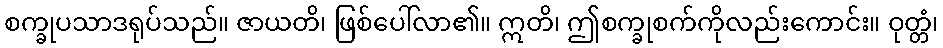
စက္ခုပသာဒရုပ်သည်။ ဇာယတိ၊ ဖြစ်ပေါ်လာ၏။ ဣတိ၊ ဤစက္ခုစက်ကိုလည်းကောင်း။ ဝုတ္တံ၊